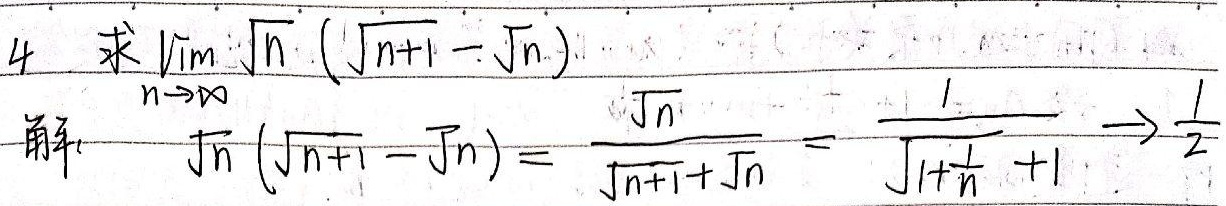
4 求$\lim_{n \to \infty} \sqrt{n} (\sqrt{n + 1} - \sqrt{n})$
解
$\sqrt{n} (\sqrt{n + 1} - \sqrt{n}) = \frac{\sqrt{n}}{\sqrt{n + 1} + \sqrt{n}} = \frac{1}{\sqrt{1 + \frac{1}{n}} + 1} \to \frac{1}{2}$